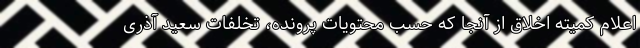
اعلام کمیته اخلاق از آنجا که حسب محتویات پرونده، تخلفات سعید آذری